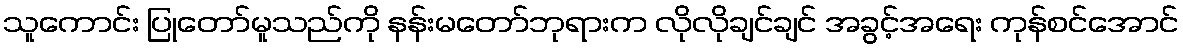
သူကောင်း ပြုတော်မူသည်ကို နန်းမတော်ဘုရားက လိုလိုချင်ချင် အခွင့်အရေး ကုန်စင်အောင်